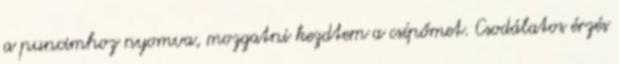
a puncimhoz nyomva, mozgatni kezdtem a csípőmet. Csodálatos érzés